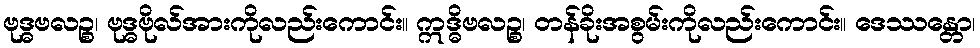
ဗုဒ္ဓဗလဉ္စ၊ ဗုဒ္ဓဗိုလ်အားကိုလည်းကောင်း။ ဣဒ္ဓိဗလဉ္စ၊ တန်ခိုးအစွမ်းကိုလည်းကောင်း။ ဒေဿန္တော၊